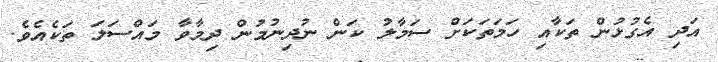
އަދި އެގުޅުން ތަކާއި ހަމަތަކަށް ސަމާލު ކަން ނުދިނުމުން ދިމާވާ މައްސަލަ ތަކެއެވެ.